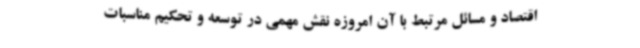
اقتصاد و مسائل مرتبط با آن امروزه نقش مهمی در توسعه و تحکیم مناسبات